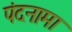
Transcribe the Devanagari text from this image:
पंदनामा